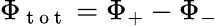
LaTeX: \Phi_{\mathrm{~t~o~t~}}=\Phi_{+}-\Phi_{-}